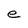
Character: e